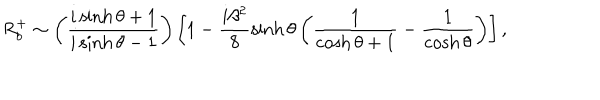
R _ { b } ^ { + } \sim \left( \frac { i \sinh \theta + 1 } { i \sinh \theta - 1 } \right) \left[ 1 - \frac { i \beta ^ { 2 } } { 8 } \sinh \theta \left( \frac { 1 } { \cosh \theta + 1 } - \frac { 1 } { \cosh \theta } \right) \right] ,